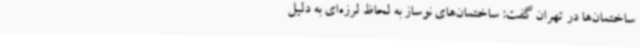
ساختمان‌ها در تهران گفت: ساختمان‌های نوساز به لحاظ لرزه‌ای به دلیل